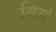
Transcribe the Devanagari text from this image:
बिबं